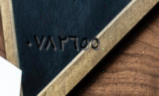
٠٧٨٢٦٥٥